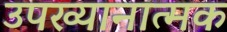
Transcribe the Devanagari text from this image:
उपख्यानात्मक